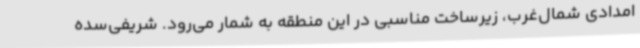
امدادی شمال‌غرب، زیرساخت مناسبی در این منطقه به شمار می‌رود. شریفی‌سده